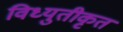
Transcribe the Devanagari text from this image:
विध्युतीकृत